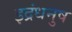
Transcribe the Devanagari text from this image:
इद्रंधनुष